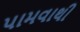
પામવાથી